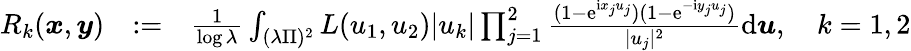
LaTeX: \begin{array}{rlr}{R_{k}(\boldsymbol{x},\boldsymbol{y})}&{:=}&{\frac{1}{\log\lambda}\int_{(\lambda\Pi)^{2}}L(u_{1},u_{2})|u_{k}|\prod_{j=1}^{2}\frac{(1-\mathrm e^{\mathrm ix_{j}u_{j}})(1-\mathrm e^{-\mathrm iy_{j}u_{j}})}{|u_{j}|^{2}}\mathrm d\boldsymbol{u},\quad k=1,2}\end{array}